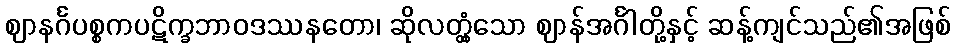
ဈာနင်္ဂပစ္စကပဋိက္ခဘာဝဒဿနတော၊ ဆိုလတ္တံ့သော ဈာန်အင်္ဂါတို့နှင့် ဆန့်ကျင်သည်၏အဖြစ်